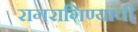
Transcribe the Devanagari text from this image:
रागरागिण्यांची